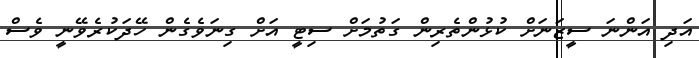
އަދި އަންނަ ސީޒަނަށް ކުޅުންތެރިން ގަތުމަށް ސިޓީ އަށް ގިނަވެގެން ހޭދަކުރެވޭނީ ވެސް